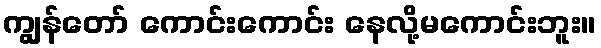
ကျွန်တော် ကောင်းကောင်း နေလို့မကောင်းဘူး။